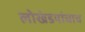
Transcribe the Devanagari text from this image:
लोखंडयांचाच